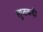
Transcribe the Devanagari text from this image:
लुप्तकड़ी